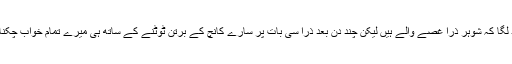
شادی کے بعد لگا کہ شوہر ذرا غصے والے ہیں لیکن چند دن بعد ذرا سی بات پر سارے کانچ کے برتن ٹوٹنے کے ساتھ ہی میرے تمام خواب چکنا چور ہو گئے۔